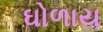
ઘોળાય